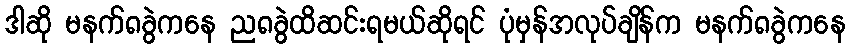
ဒါဆို မနက်၈ခွဲကနေ ည၈ခွဲထိဆင်းရမယ်ဆိုရင် ပုံမှန်အလုပ်ချိန်က မနက်၈ခွဲကနေ